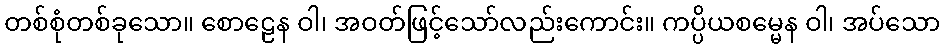
တစ်စုံတစ်ခုသော။ စောဠေန ဝါ၊ အဝတ်ဖြင့်သော်လည်းကောင်း။ ကပ္ပိယစမ္မေန ဝါ၊ အပ်သော